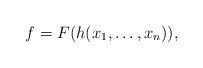
\begin{align*} f=F(h(x_1,\ldots,x_n)),\end{align*}